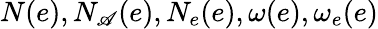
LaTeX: N(e),N_{\mathscr{A}}(e),N_{e}(e),\omega(e),\omega_{e}(e)